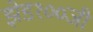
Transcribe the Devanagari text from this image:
झेड१००जी